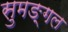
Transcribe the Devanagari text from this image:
सुमङ्गल